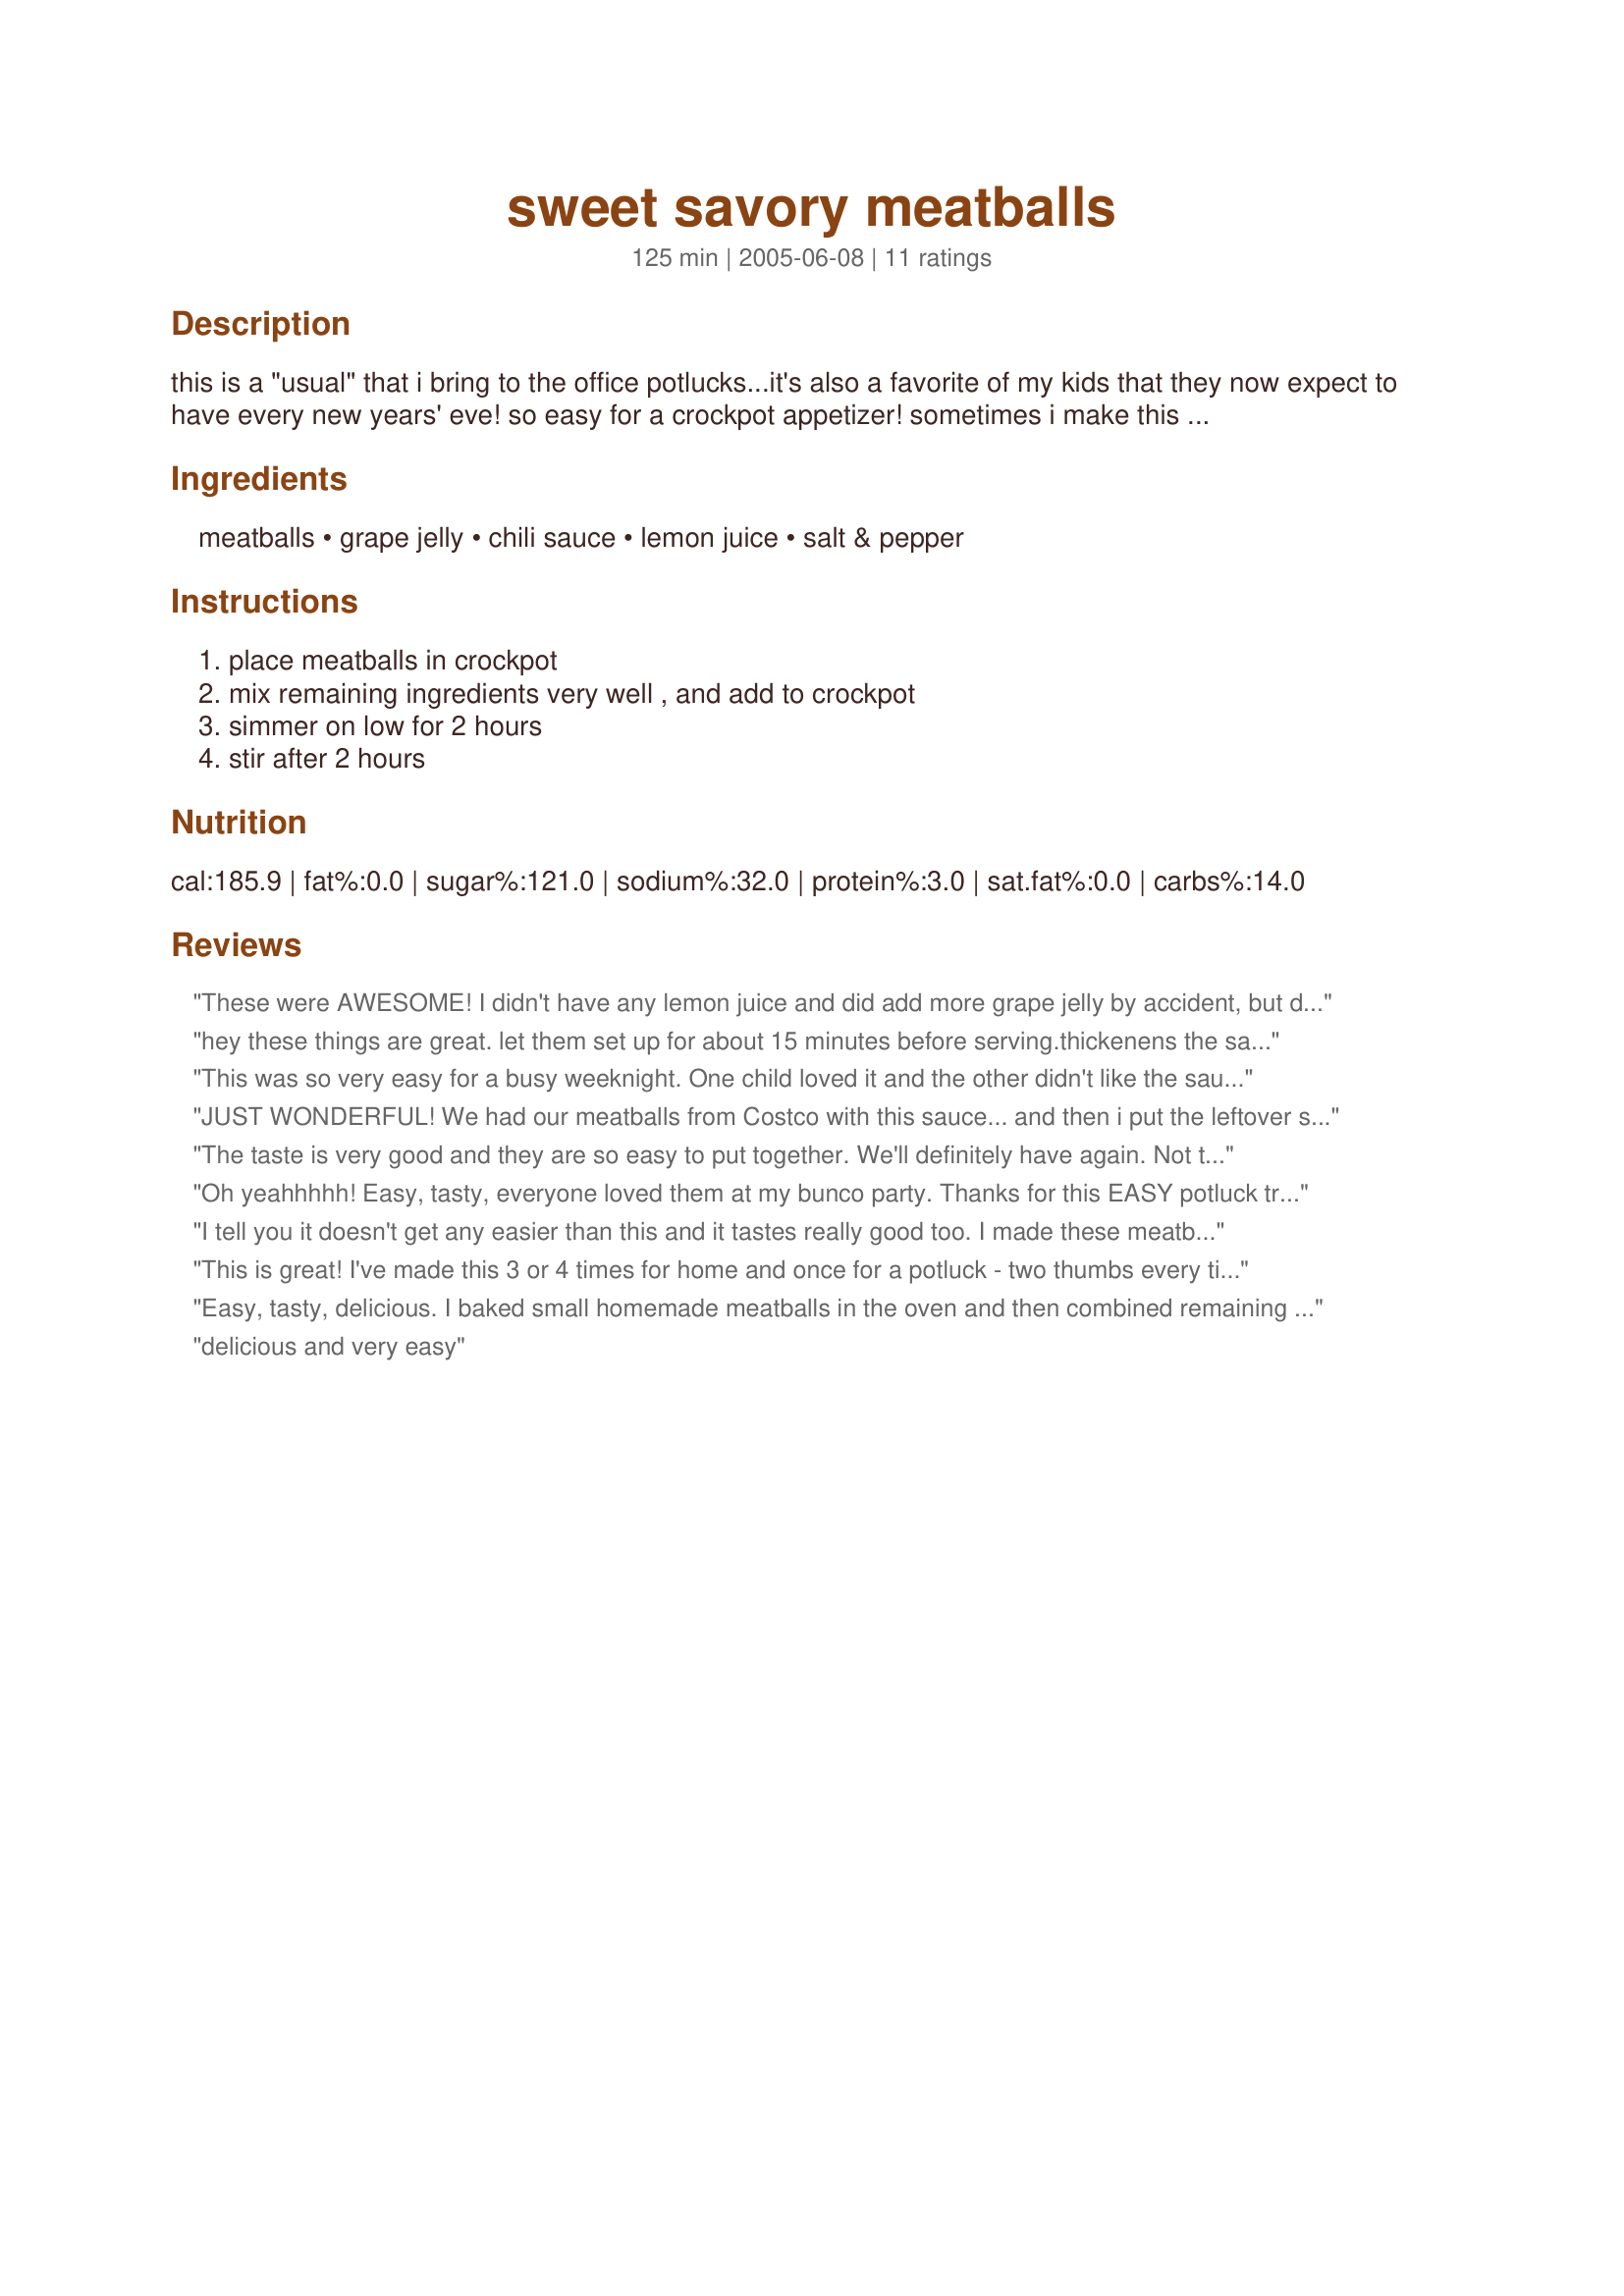
sweet savory meatballs
Preparation time: 125 minutes

this is a "usual" that i bring to the office potlucks...it's also a favorite of my kids that they now expect to have every new years' eve! so easy for a crockpot appetizer! sometimes i make this for dinner -- i just whip up some old fashioned mashed potatoes and serve the meatballs & sauce over top (or to the side) of the mashed potatoes...and the kids just love me when i do that!!! :)

Ingredients:
meatballs, grape jelly, chili sauce, lemon juice, salt & pepper

Steps:
place meatballs in crockpot, mix remaining ingredients very well , and add to crockpot, simmer on low for 2 hours, stir after 2 hours

Reviews:
These were AWESOME! I didn't have any lemon juice and did add more grape jelly by accident, but didn't matter! Dinner came out perfect!!! We had them over rice and LOVED it!! Miss you, Stacy!!
hey these things are great. let them set up for about 15 minutes before serving.thickenens the sauce, i found.also i tried cooking a piece of porkchop in the remaining sauce, delicious! you could also use with chicken breasts or canned chicken chunks.this sauce is very versital.easy,simple!what more could you ask for.
This was so very easy for a busy weeknight. One child loved it and the other didn't like the sauce. I used turkey meatballs and served it with rice.
JUST WONDERFUL! We had our meatballs from Costco with this sauce... and then i put the leftover sauce in a Ziploc, squeezed out the air and froze it for a quick supper! SUPERB FLAVOR... and freezes very well! used this for chili sauce; 1 cup tomato sauce + 1/4 cup brown sugar + 2 tbsp vinegar + 1/4 tsp cinnamon + dash of ground cloves + dash of ground allspice = 1 cup chili sauce PERFECT THANK YOU!!
The taste is very good and they are so easy to put together. We'll definitely have again. Not to mention the low calories.
Oh yeahhhhh! Easy, tasty, everyone loved them at my bunco party. Thanks for this EASY potluck treat! Just for fun, I'm going to substitute Apricot preserves tonight.
I tell you it doesn't get any easier than this and it tastes really good too. I made these meatballs for myself and DH and served them over mashed potatoes along with yellow beans. So glad you posted this one!!
This is great! I've made this 3 or 4 times for home and once for a potluck - two thumbs every time! For home we normally make over mashed potatoes but once over white rice was good too.
Easy, tasty, delicious. I baked small homemade meatballs in the oven and then combined remaining ingredients and heated through on the stove top due to time constraints. The sauce was nice and zippy. A very frugal dish to serve to a large crowd. Get yours first because there wasn't any left by the time I got around to the buffet table! Thanks, dear.
delicious and very easy
So delicious and easy to make. I served them over mashed potatoes. Thank you for a fantastic dinner.
